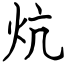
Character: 炕